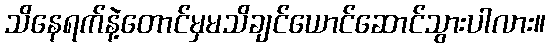
သိနေရက်နဲ့တောင်မှမသိချင်ယောင်ဆောင်သွားပါလား။